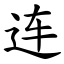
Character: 连